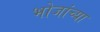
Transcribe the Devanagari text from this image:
भोजांच्या